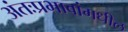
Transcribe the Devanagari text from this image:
अंतःप्रभावांमधील